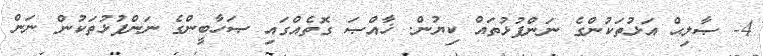
4- ޞާލިޙް އަޅުތަކުންގެ ނަންފުޅުތައް ކިޔުން. ޚާއްޞަ ގޮތެއްގައި ޞަހާބީންގެ ނަންފުޅުތަކުން ނަން